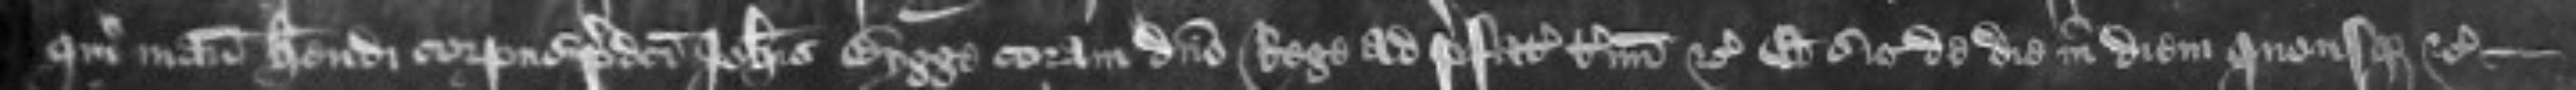
qui manuceperunt habendi corpus predicti Johannis Bygge coram domino Rege ad prefatum terminum etc Et sic de die in diem quousque etc